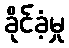
ခိုင်ခံ့မှု